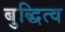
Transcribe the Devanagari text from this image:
बुद्धित्व